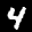
Label: 4